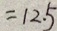
= 1 2 . 5